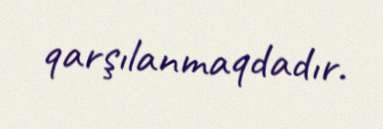
qarşılanmaqdadır.